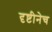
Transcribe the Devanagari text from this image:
दृष्टीनेच